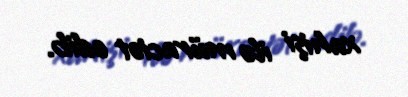
xahişi ilə müraciət edib.